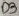
Text: D3